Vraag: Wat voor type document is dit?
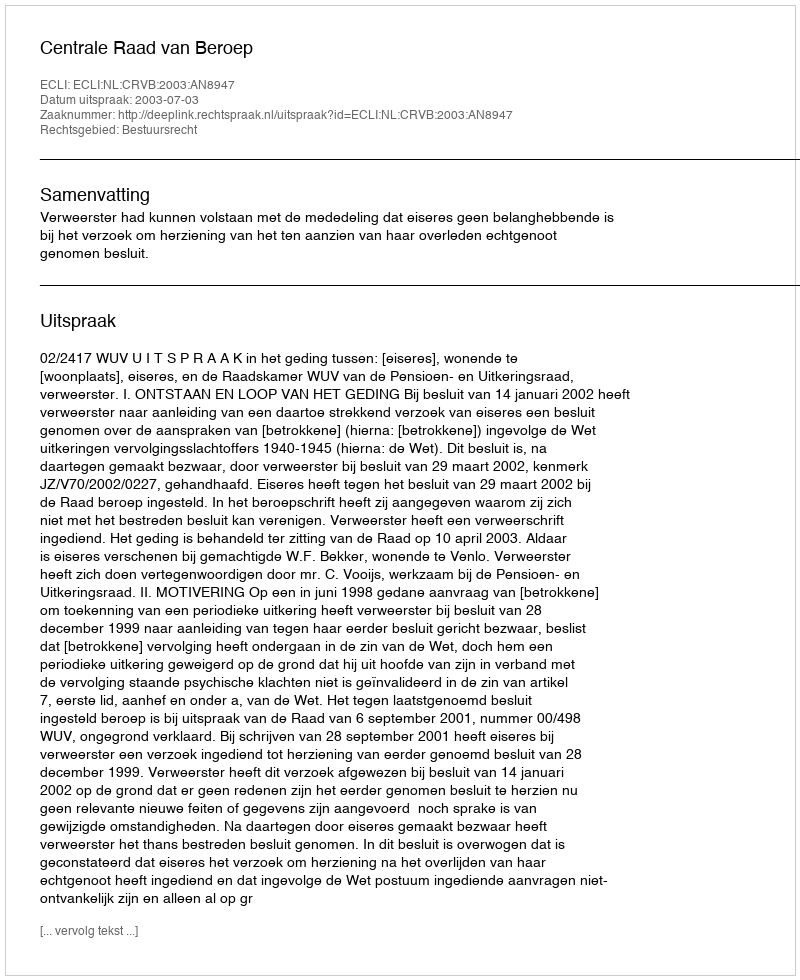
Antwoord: Uitspraak